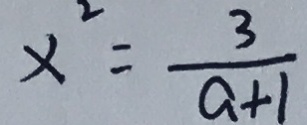
x ^ { 2 } = \frac { 3 } { a + 1 }